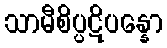
သာမီစိပ္ပဋိပန္နော